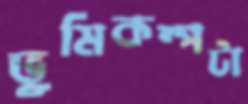
ভূমিকম্পটা